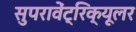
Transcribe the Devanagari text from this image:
सुपरावेंट्रिक्यूलर